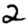
Digit: 2